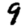
Digit: 9